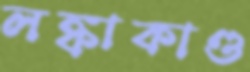
লঙ্কাকাণ্ড